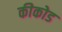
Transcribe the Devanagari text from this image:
कीकोड